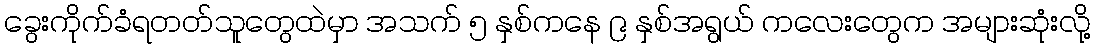
ခွေးကိုက်ခံရတတ်သူတွေထဲမှာ အသက် ၅ နှစ်ကနေ ၉ နှစ်အရွယ် ကလေးတွေက အများဆုံးလို့